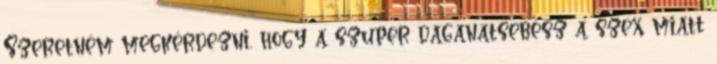
Szeretném megkérdezni, hogy a szuper daganatsebész a szex miatt